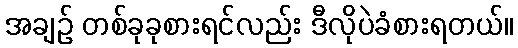
အချဉ် တစ်ခုခုစားရင်လည်း ဒီလိုပဲခံစားရတယ်။